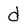
Character: d